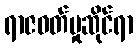
ရာဇဝတ်မှုဆိုင်ရာ